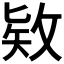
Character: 𪵊